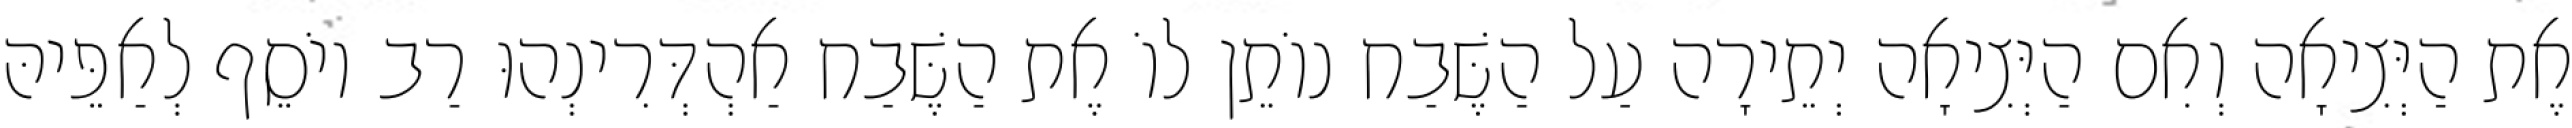
אֶת הַיְּצִיאָה וְאִם הַיְּצִיאָה יְתֵירָה עַל הַשֶּׁבַח נוֹתֵן לוֹ אֶת הַשֶּׁבַח אַהְדְּרִינְהוּ רַב יוֹסֵף לְאַפֵּיהּ